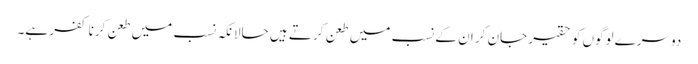
دوسرے لوگوں کو حقیر جان کر ان کے نسب میں طعن کرتے ہیں حالانکہ نسب میں طعن کرنا کفر ہے۔